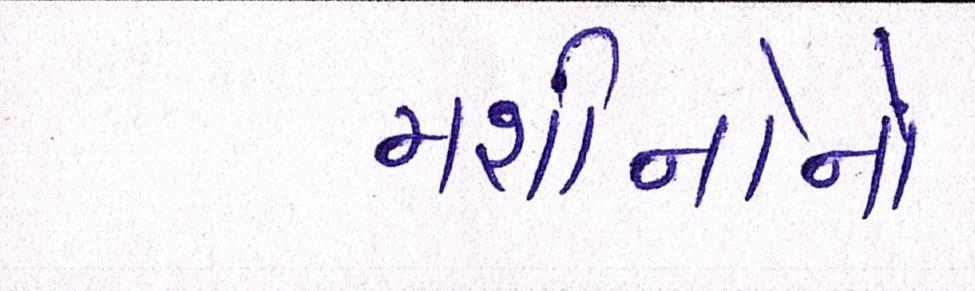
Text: મશીનોનો